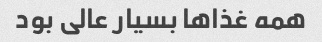
همه غذاها بسیار عالی بود